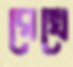
রেখে